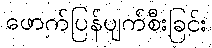
ဖောက်ပြန်ပျက်စီးခြင်း